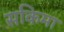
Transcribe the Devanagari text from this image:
सकिमा